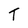
Character: T